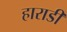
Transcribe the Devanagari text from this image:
हाराडी